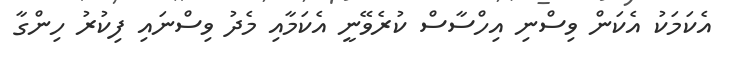
އެކަމަކު އެކަން ވިސްނި އިހްސާސް ކުރެވޭނީ އެކަމާއި މެދު ވިސްނައި ފިކުރު ހިންގާ